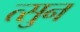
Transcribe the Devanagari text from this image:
त्सुन